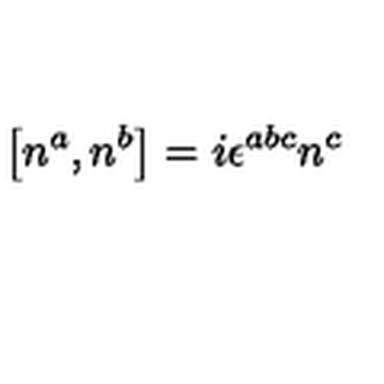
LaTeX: \left[ n ^ { a } , n ^ { b } \right] = i \epsilon ^ { a b c } n ^ { c }